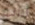
لنائب